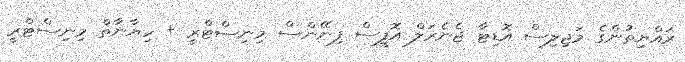
ރައްޔިތުންގެ މަޖިލިސް އޮޑިޓާ ޖެނެރަލް އޮފީސް ފިނޭންސް މިނިސްޓްރީ + ހިޔާނާތް މިނިސްޓްރީ